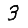
Digit: 3